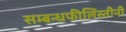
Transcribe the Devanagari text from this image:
सम्बन्धफीलिस्तीनी